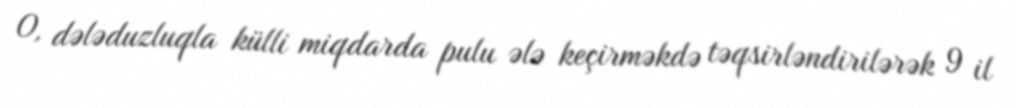
O, dələduzluqla külli miqdarda pulu ələ keçirməkdə təqsirləndirilərək 9 il